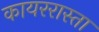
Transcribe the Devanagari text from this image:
कायररास्ता